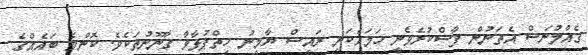
ގެއްލުނަސް އެތަނުން ފާސްކުރެވެނީ ހަމައެކަނި ރައީސް ޔާމީނު ހިތްޕުޅާވާ ގާނޫނުތަކެވެ. ކޮންމެ ބައެއްގެ